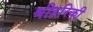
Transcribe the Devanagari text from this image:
श्रीहरिकी